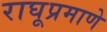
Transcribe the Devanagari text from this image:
राघूप्रमाणे